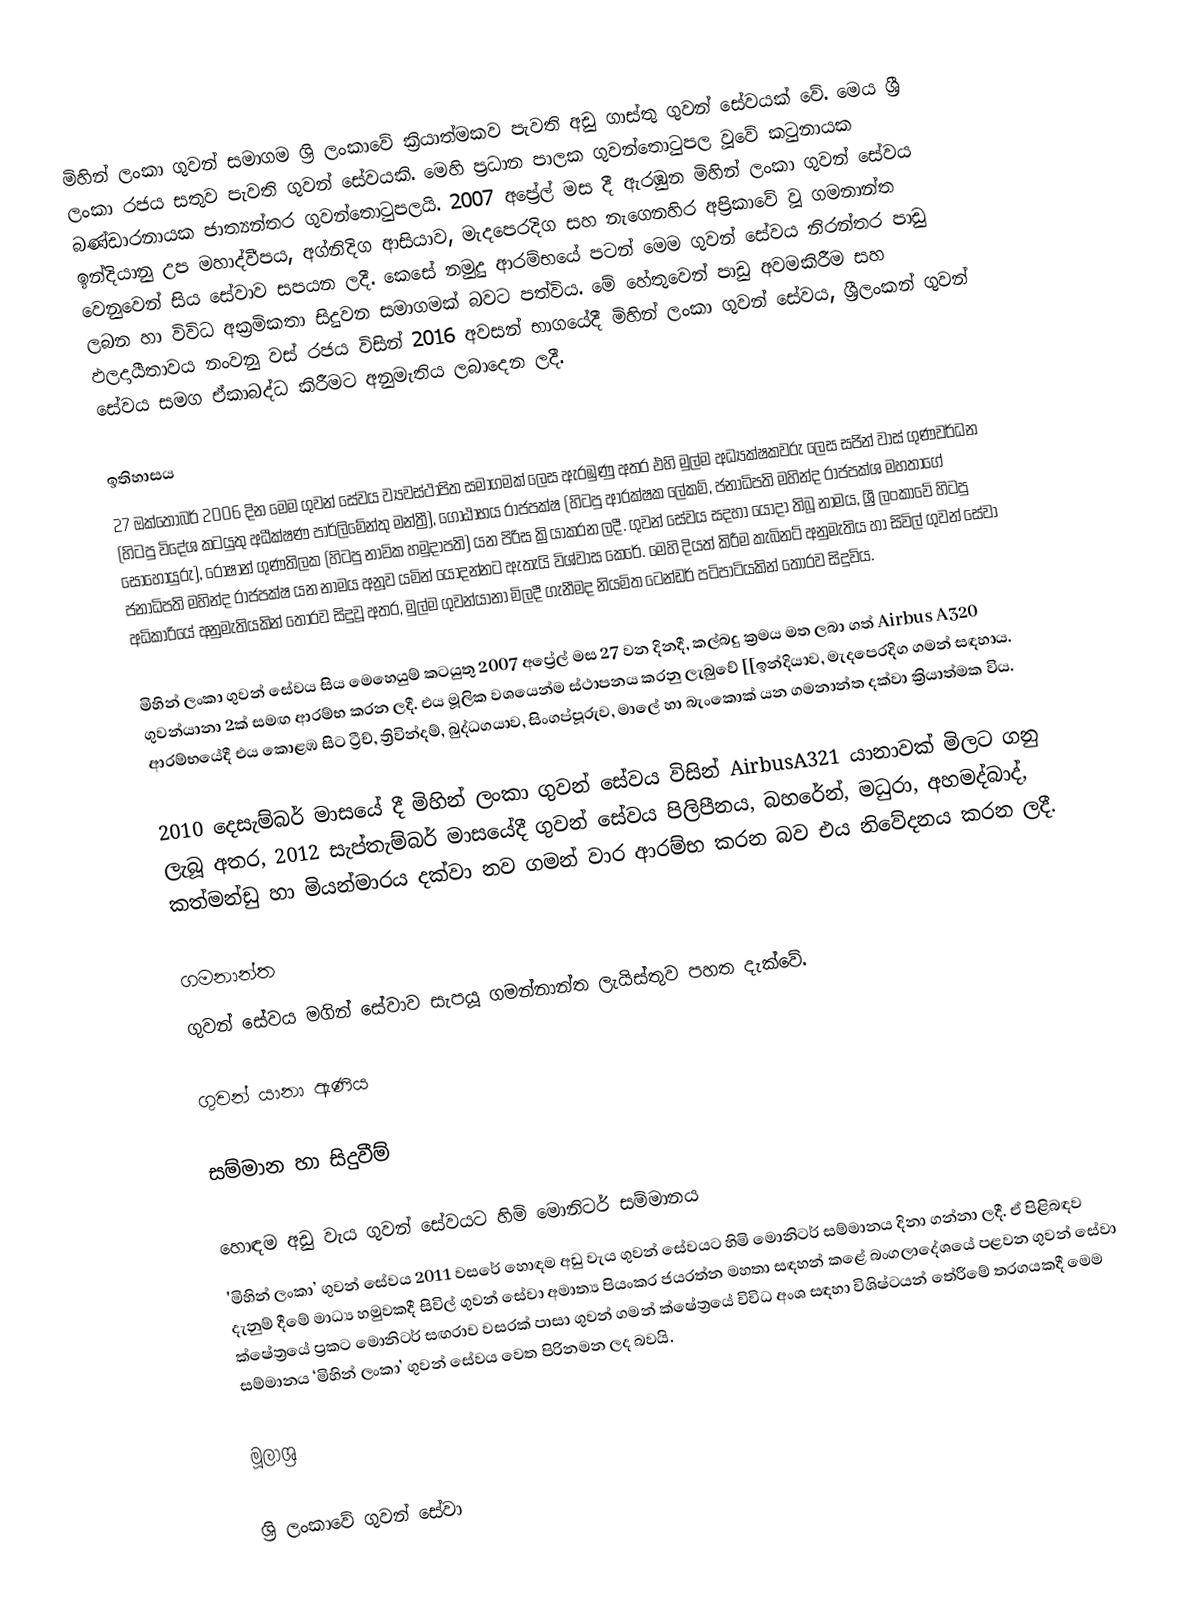
මිහින් ලංකා ගුවන් සමාගම ශ්‍රි ලංකාවේ ක්‍රියාත්මකව පැවති අඩු ගාස්තු ගුවන් සේවයක් වේ. මෙය ශ්‍රී ලංකා රජය සතුව පැවති ගුවන් සේවයකි. මෙහි ප්‍රධාන පාලක ගුවන්තොටුපල වූවේ කටුනායක බණ්ඩාරනායක ජාත්‍යන්තර ගුවන්තොටුපලයි. 2007 අප්‍රේල් මස දී ඇරඹුන මිහින් ලංකා ගුවන් සේවය ඉන්දියානු උප මහාද්වීපය, අග්නිදිග ආසියාව, මැදපෙරදිග සහ නැගෙනහිර අප්‍රිකාවේ වූ ගමනාන්ත වෙනුවෙන් සිය සේවාව සපයන ලදී. කෙසේ නමුදු ආරම්භයේ පටන් මෙම ගුවන් සේවය නිරන්තර පාඩු ලබන හා විවිධ අක්‍රමිකතා සිදුවන සමාගමක් බවට පත්විය. මේ හේතුවෙන් පාඩු අවමකිරීම සහ ඵලදායීතාවය නංවනු වස් රජය විසින් 2016 අවසන් භාගයේදී මිහින් ලංකා ගුවන් සේවය, ශ්‍රීලංකන් ගුවන් සේවය සමග ඒකාබද්ධ කිරීමට අනුමැතිය ලබාදෙන ලදී.

ඉතිහාසය
27 ඔක්තෝබර් 2006 දින මෙම ගුවන් සේවය ව්‍යවස්ථාපිත සමාගමක් ලෙස ඇරඹුණු අතර එහි මුල්ම අධ්‍යක්ෂකවරු ලෙස සජින් වාස් ගුණවර්ධන (හිටපු විදේශ කටයුතු අධීක්ෂණ පාර්ලිමේන්තු මන්ත්‍රී), ගෝඨාභය රාජපක්ෂ (හිටපු ආරක්ෂක ලේකම්, ජනාධිපති මහින්ද රාජපක්ශ මහතාගේ සොහොයුරු), රොෂාන් ගුණතිලක (හිටපු නාවික හමුදාපති) යන පිරිස ක්‍රියාකරන ලදී. ගුවන් සේවය සදහා යොදා තිබූ නාමය, ශ්‍රී ලංකාවේ හිටපු ජනාධිපති මහින්ද රාජපක්ෂ යන නාමය අනූව යමින් යොදන්නට ඇතැයි විශ්වාස කෙරේ. මෙහි දියත් කිරීම කැබිනට් අනුමැතිය හා සිවිල් ගුවන් සේවා අධිකාරියේ අනුමැතියකින් තොරව සිදුවූ අතර, මුල්ම ගුවන්යානා මිලදී ගැනීමද නියමිත ටෙන්ඩර් පටිපාටියකින් තොරව සිදුවිය.

මිහින් ලංකා ගුවන් සේවය සිය මෙහෙයුම් කටයුතු 2007 අප්‍රේල් මස 27 වන දිනදී, කල්බදු ක්‍රමය මත ලබා ගත් Airbus A320 ගුවන්යානා 2ක් සමඟ ආරම්භ කරන ලදී. එය මූලික වශයෙන්ම ස්ථාපනය කරනු ලැබුවේ [[ඉන්දියාව, මැදපෙරදිග ගමන් සඳහාය. ආරම්භයේදී එය කොළඹ සිට ට්‍රීච්, ත්‍රිවින්දම්, බුද්ධගයාව, සිංගප්පූරුව, මාලේ හා බැංකොක් යන ගමනාන්ත දක්වා ක්‍රියාත්මක විය.

2010 දෙසැම්බර් මාසයේ දී මිහින් ලංකා ගුවන් සේවය විසින් AirbusA321 යානාවක් මිලට ගනු ලැබූ අතර, 2012 සැප්තැම්බර් මාසයේදී ගුවන් සේවය පිලිපීනය, බහරේන්, මධුරා, අහමද්බාද්, කත්මන්ඩු හා මියන්මාරය දක්වා නව ගමන් වාර ආරම්භ කරන බව එය නිවේදනය කරන ලදී.

ගමනාන්ත
ගුවන් සේවය මගින් සේවාව සැපයූ ගමන්නාන්ත ලැයිස්තුව පහත දැක්වේ.

ගුවන් යානා ඇණිය

සම්මාන හා සිදුවීම්

හොඳම අඩු වැය ගුවන් සේවයට හිමි මොනිටර් සම්මානය
'මිහින් ලංකා’ ගුවන් සේවය 2011 වසරේ හොඳම අඩු වැය ගුවන් සේවයට හිමි මොනිටර් සම්මානය දිනා ගන්නා ලදී. ඒ පිළිබඳව දැනුම් දීමේ මාධ්‍ය හමුවකදී සිවිල් ගුවන් සේවා අමාත්‍ය පියංකර ජයරත්න මහතා සඳහන් කළේ බංගලාදේශයේ පළවන ගුවන් සේවා ක්ෂේත්‍රයේ ප්‍රකට මොනිටර් සඟරාව වසරක් පාසා ගුවන් ගමන් ක්ෂේත්‍රයේ විවිධ අංශ සඳහා විශිෂ්ටයන් තේරීමේ තරගයකදී මෙම සම්මානය ‘මිහින් ලංකා’ ගුවන් සේවය වෙත පිරිනමන ලද බවයි.

මූලාශ්‍ර

ශ්‍රි ලංකාවේ ගුවන් සේවා